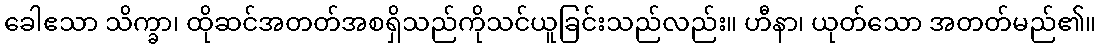
ခေါဧသာ သိက္ခာ၊ ထိုဆင်အတတ်အစရှိသည်ကိုသင်ယူခြင်းသည်လည်း။ ဟီနာ၊ ယုတ်သော အတတ်မည်၏။